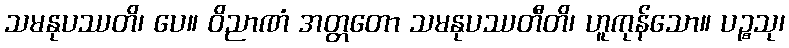
သမနုပဿတိ၊ ပေ။ ဝိညာဏံ အတ္တတော သမနုပဿတီတိ၊ ဟူကုန်သော။ ပဉ္စသု၊